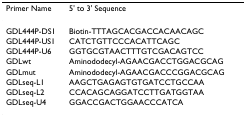
| Primer Name | 5' to 3' Sequence |
 | --- | --- |
 | GDL444P-DS1 | Biotin-TTTAGCACGACCACAACAGC |
 | GDL444P-US1 | CATCTGTTCCCACATTCAGC |
 | GDL444P-U6 | GGTGCGTAACTTTGTCGACAGTCC |
 | GDLwt | Aminododecyl-AGAACGACCTGGACGCAG |
 | GDLmut | Aminododecyl-AGAACGACCCGGACGCAG |
 | GDLseq-L1 | AAGCTGAGAGTGTGATCCTGCCAA |
 | GDLseq-L2 | CCACAGCAGGATCCTTGATGGTAA |
 | GDLseq-U4 | GGACCGACTGGAACCCATCA |